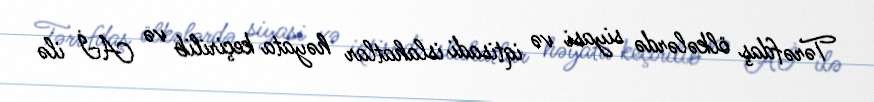
Tərəfdaş ölkələrdə siyasi və iqtisadi islahatlar həyata keçirilib və Aİ ilə